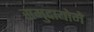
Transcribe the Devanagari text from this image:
समुदायोमे